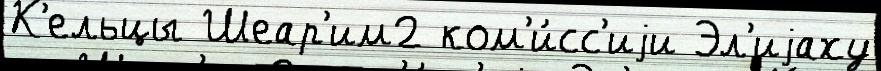
К'ельцы Шеар'им2 ком'и́сс'иjи Эл'иjаху